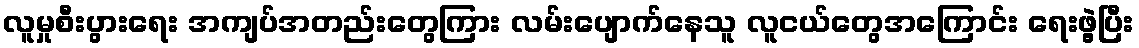
လူမှုစီးပွားရေး အကျပ်အတည်းတွေကြား လမ်းပျောက်နေသူ လူငယ်တွေအကြောင်း ရေးဖွဲ့ပြီး